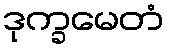
ဒုက္ခမေတံ